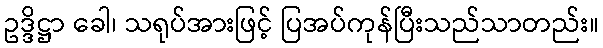
ဥဒ္ဒိဋ္ဌာ ခေါ၊ သရုပ်အားဖြင့် ပြအပ်ကုန်ပြီးသည်သာတည်း။